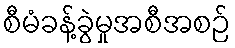
စီမံခန့်ခွဲမှုအစီအစဉ်